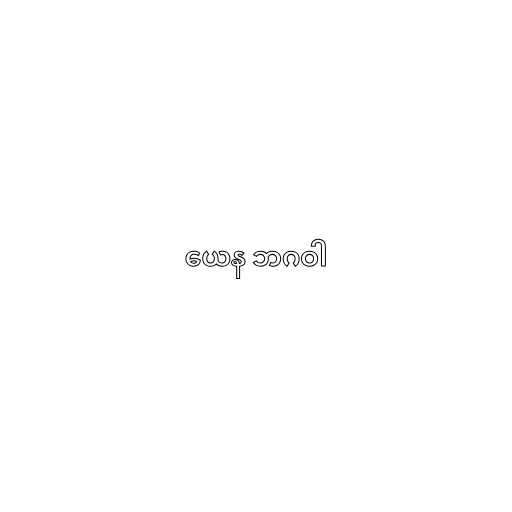
ယေန ဘဂဝါ